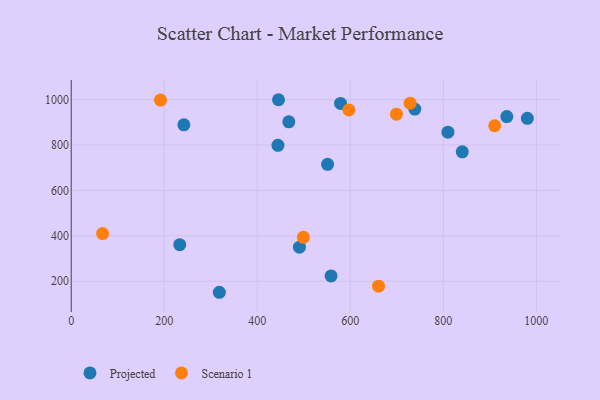
{"axis": {"x": "Distance", "y": "Exam Score"}, "legend": ["Projected", "Scenario 1"], "data": [{"x": "738.7", "y": 958.3, "type": "Projected"}, {"x": "558.7", "y": 223.4, "type": "Projected"}, {"x": "936.5", "y": 925.4, "type": "Projected"}, {"x": "840.7", "y": 770.1, "type": "Projected"}, {"x": "233.3", "y": 361.0, "type": "Projected"}, {"x": "318.4", "y": 151.6, "type": "Projected"}, {"x": "551.2", "y": 715.2, "type": "Projected"}, {"x": "490.6", "y": 350.0, "type": "Projected"}, {"x": "242.2", "y": 889.0, "type": "Projected"}, {"x": "467.8", "y": 902.3, "type": "Projected"}, {"x": "444.4", "y": 798.7, "type": "Projected"}, {"x": "980.7", "y": 917.4, "type": "Projected"}, {"x": "579.0", "y": 983.4, "type": "Projected"}, {"x": "445.6", "y": 999.5, "type": "Projected"}, {"x": "809.9", "y": 856.6, "type": "Projected"}, {"x": "67.5", "y": 410.0, "type": "Scenario 1"}, {"x": "910.4", "y": 884.8, "type": "Scenario 1"}, {"x": "499.2", "y": 393.5, "type": "Scenario 1"}, {"x": "660.7", "y": 178.6, "type": "Scenario 1"}, {"x": "728.6", "y": 984.2, "type": "Scenario 1"}, {"x": "597.0", "y": 954.5, "type": "Scenario 1"}, {"x": "699.2", "y": 935.9, "type": "Scenario 1"}, {"x": "192.0", "y": 997.9, "type": "Scenario 1"}]}